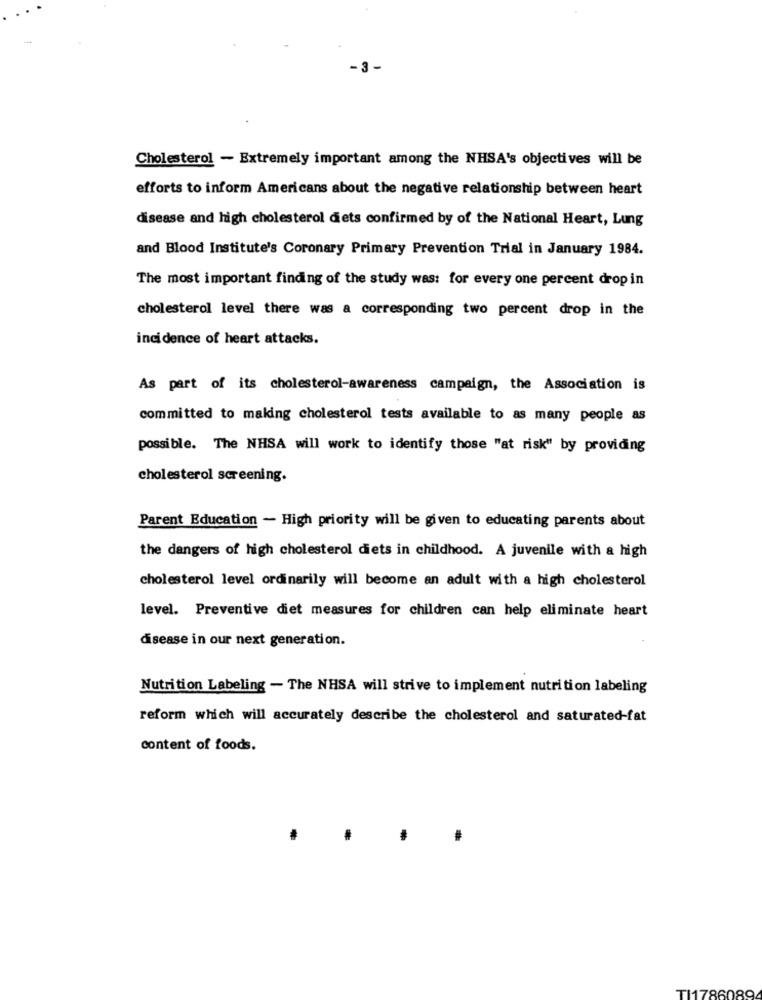
Cholesterol - Extremely important among the NHSA's objectives will be
efforts to inform Americans about the negative relationship between heart
disease and high cholesterol diets confirmed by of the National Heart, Lung
and Blood Institute's Coronary Primary Prevention Trial in January 1984.
The most important finding of the study was: for every one percent dropin
cholesterol level there was a corresponding two percent drop in the
incidence of heart attacks.
As part of its cholesterol-awareness campaign, the Association is
committed to making cholesterol tests available to as many people as
possible. The NHSA will work to identify those "at risk" by providing
cholesterol screening.
Parent Education - High priority will be given to educating parents about
the dangers of high cholesterol diets in childhood. A juvenile with a high
cholesterol level ordinarily will become an adult with a high cholesterol
level. Preventive diet measures for children can help eliminate heart
disease in our next generation.
Nutrition Labeling - The NHSA will strive to implement nutrition labeling
reform which will accurately describe the cholesterol and saturated-fat
content of foods.
TI1786089